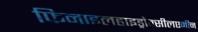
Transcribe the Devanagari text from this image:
फिनाइलहाइड्रोक्सीलएमीन